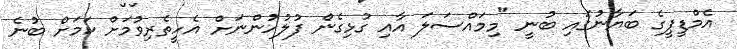
އެމްޑީޕީގެ ބަޔާނުގައި ބުނީ "މިމައްސަލަ އާއި ގުޅިގެން ފުލުހުންނަށް އެހީތެރިވުމަށް ކަމަށް ބުނެ